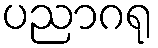
ပညာဂရု